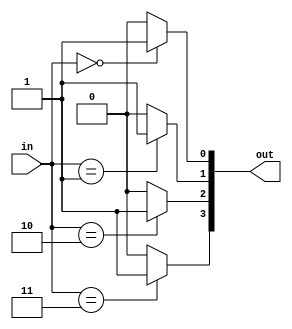
module decoder_param (out, in);

   parameter BITS = 2;
   parameter SIZE = 4;

   output [SIZE - 1:0] out;
   input [BITS - 1:0] in;

   reg [SIZE -1: 0] out;
   integer i;

   always @ (in)
      begin
         for(i = 0; i < SIZE; i = i + 1)
         begin
            out[i] = (in == i) ? 1'b1 : 1'b0;
         end
      end

endmodule